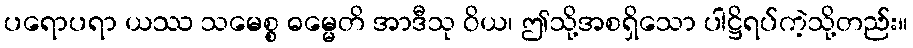
ပရောပရာ ယဿ သမေစ္စ ဓမ္မေတိ အာဒီသု ဝိယ၊ ဤသို့အစရှိသော ပါဋ္ဌိရပ်ကဲ့သို့တည်း။